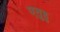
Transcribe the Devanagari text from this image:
एतुहु